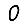
Digit: 0